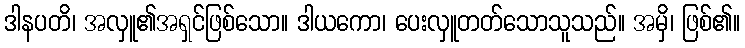
ဒါနပတိ၊ အလှူ၏အရှင်ဖြစ်သော။ ဒါယကော၊ ပေးလှူတတ်သောသူသည်။ အမှိ၊ ဖြစ်၏။